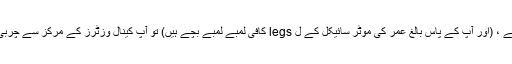
اگر آپ کو مہم جوئی محسوس ہورہی ہے ، (اور آپ کے پاس بالغ عمر کی موٹر سائیکل کے ل legs کافی لمبے لمبے بچے ہیں) تو آپ کینال وزٹرز کے مرکز سے چربی والی بائیکس کرایہ پر لے سکتے ہیں۔